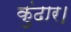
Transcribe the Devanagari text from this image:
कुंढार।